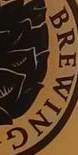
BREWING